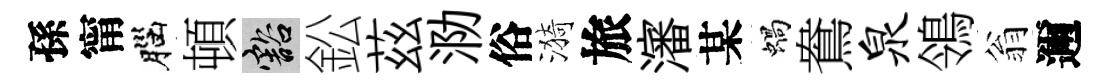
孫甯腦頓豁鈆茲泐俗漪旅瀋某蝸鴦泉鴒翁邇